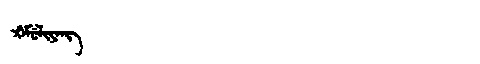
Manchu: ᡤ᠋ᠠᠮᡠᠯᡳᠶᠠᠩ
Romanization: G'AMULIYANG